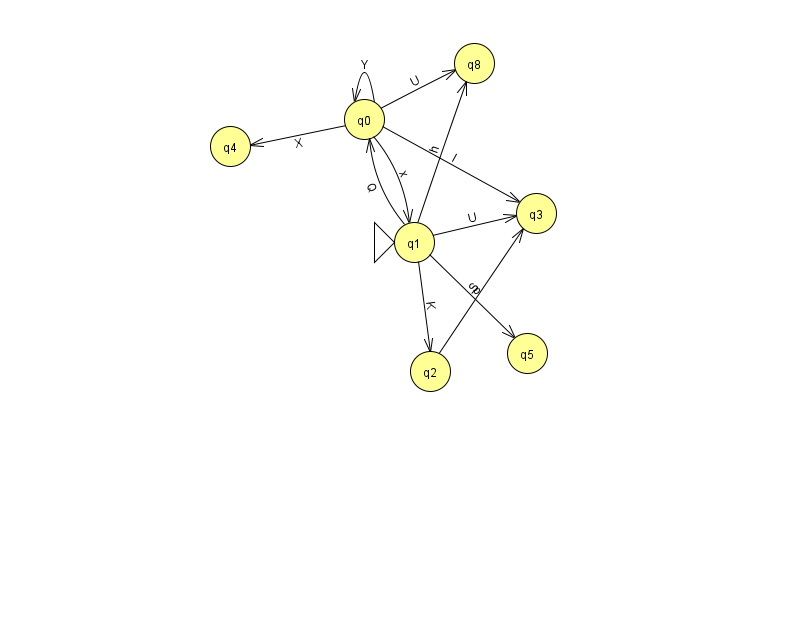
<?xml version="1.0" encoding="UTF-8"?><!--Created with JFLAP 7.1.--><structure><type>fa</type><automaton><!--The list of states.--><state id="0" name="q0"><x>364.0</x><y>106.0</y></state><state id="1" name="q1"><x>414.0</x><y>229.0</y><initial/></state><state id="2" name="q2"><x>430.0</x><y>358.0</y></state><state id="3" name="q3"><x>536.0</x><y>200.0</y></state><state id="4" name="q4"><x>230.0</x><y>133.0</y></state><state id="5" name="q5"><x>527.0</x><y>340.0</y></state><state id="8" name="q8"><x>474.0</x><y>50.0</y></state><!--The list of transitions.--><transition><from>0</from><to>1</to><read>x</read></transition><transition><from>1</from><to>3</to><read>U</read></transition><transition><from>2</from><to>3</to><read>S</read></transition><transition><from>0</from><to>3</to><read>I</read></transition><transition><from>1</from><to>5</to><read>p</read></transition><transition><from>0</from><to>0</to><read>Y</read></transition><transition><from>0</from><to>8</to><read>U</read></transition><transition><from>1</from><to>0</to><read>Q</read></transition><transition><from>0</from><to>4</to><read>X</read></transition><transition><from>1</from><to>8</to><read>h</read></transition><transition><from>1</from><to>2</to><read>K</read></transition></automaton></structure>